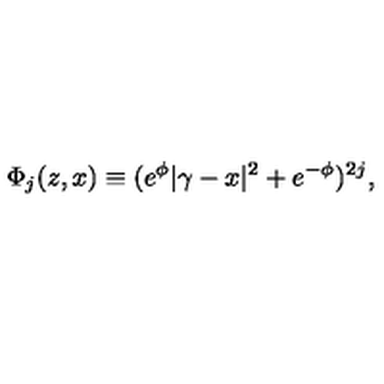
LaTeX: \Phi _ { j } ( z , x ) \equiv ( e ^ { \phi } | \gamma - x | ^ { 2 } + e ^ { - \phi } ) ^ { 2 j } ,